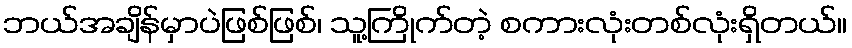
ဘယ်အချိန်မှာပဲဖြစ်ဖြစ်၊ သူ့ကြိုက်တဲ့ စကားလုံးတစ်လုံးရှိတယ်။